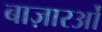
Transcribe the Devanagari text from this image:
बाज़ारओं